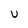
Character: U